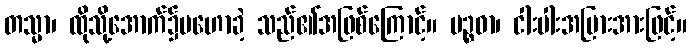
တသ္မာ၊ ထိုသို့အောက်၌မဟောခဲ့ သည်၏အဖြစ်ကြောင့်။ ပဉ္စဓာ၊ ငါးပါးအပြားအားဖြင့်။